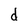
Character: d